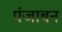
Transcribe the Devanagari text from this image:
पंजाबन